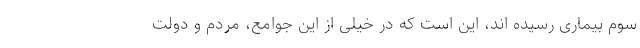
سوم بیماری رسیده اند، این است که در خیلی از این جوامع، مردم و دولت